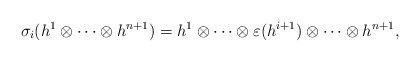
\begin{align*}\sigma_{i}(h^1 \otimes \cdots \otimes h^{n+1} )= h^1 \otimes \cdots\otimes \varepsilon (h^{i+1}) \otimes \cdots \otimes h^{n+1},\end{align*}